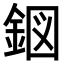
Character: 𮡹